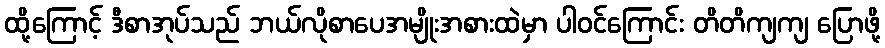
ထို့ကြောင့် ဒီစာအုပ်သည် ဘယ်လိုစာပေအမျိုးအစားထဲမှာ ပါဝင်ကြောင်း တိတိကျကျ ပြောဖို့